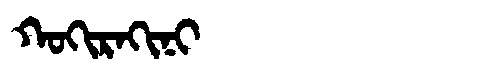
Manchu: ᡴᠣᡴᡳᡵᠠᡴᡳᠨᡳ
Romanization: KOKIRAKINI